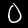
Digit: 0